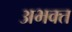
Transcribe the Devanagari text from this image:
अभक्‍त